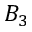
B _ { 3 }